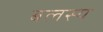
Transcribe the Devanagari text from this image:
बलस्य